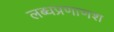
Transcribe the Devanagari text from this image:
लब्धप्रणाणश